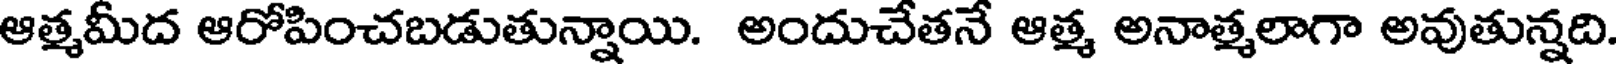
ఆత్మమీద ఆరోపించబడుతున్నాయి. అందుచేతనే ఆత్మ అనాత్మలాగా అవుతున్నది